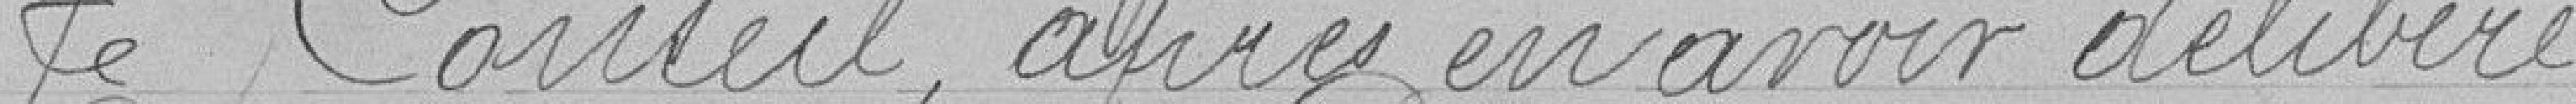
Le conseil, après en avoir délibéré,